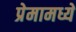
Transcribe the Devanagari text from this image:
प्रेमामध्ये